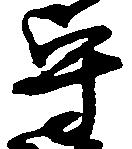
守